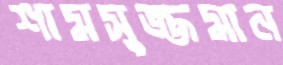
শামসুজ্জমান